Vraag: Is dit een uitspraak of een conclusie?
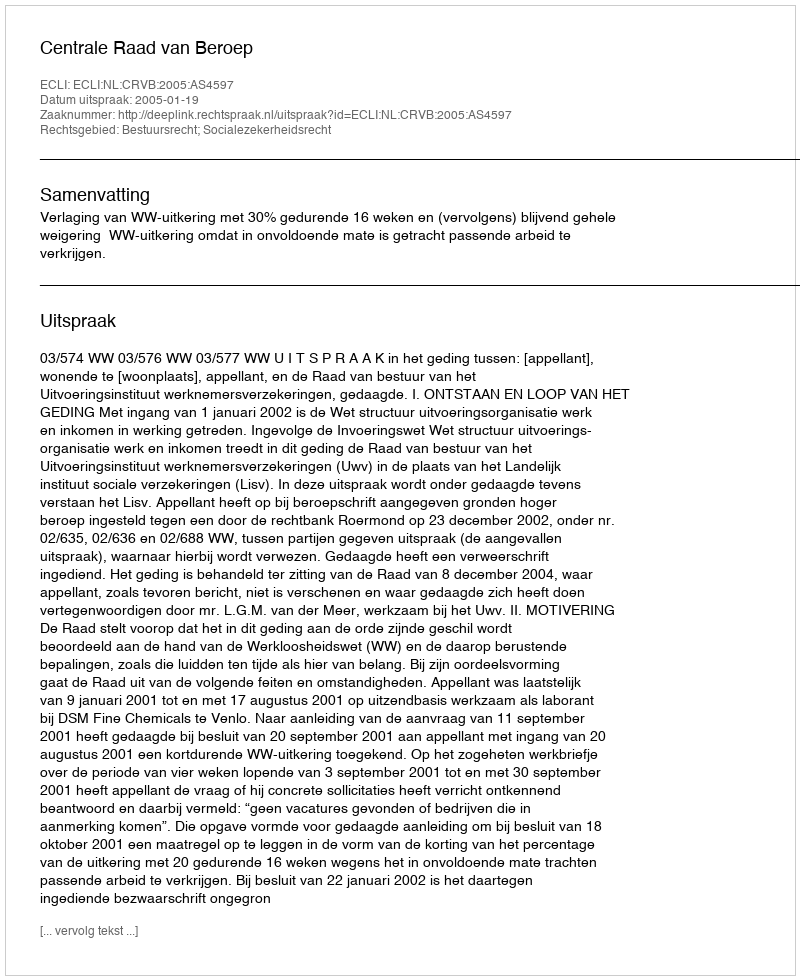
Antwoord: Uitspraak